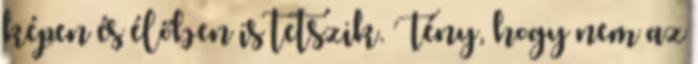
képen és élőben is tetszik. Tény, hogy nem az